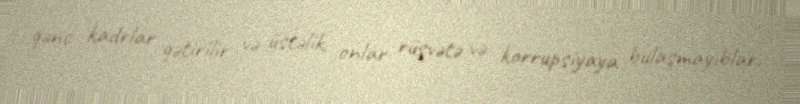
gənc kadrlar gətirilir və üstəlik, onlar rüşvətə və korrupsiyaya bulaşmayıblar.